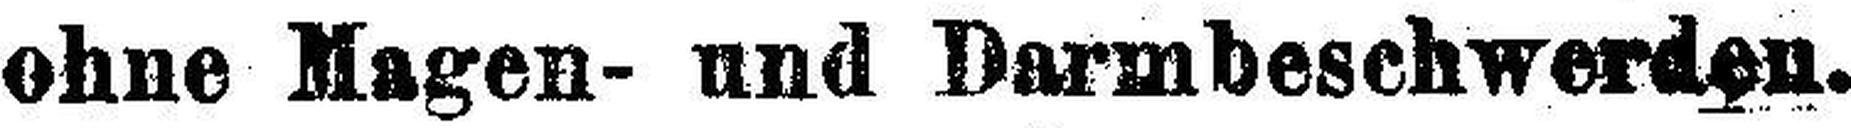
ohne Magen- und Darmbeschwerden.